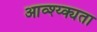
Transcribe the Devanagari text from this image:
आव्श्य्क्यता